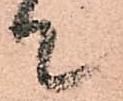
て